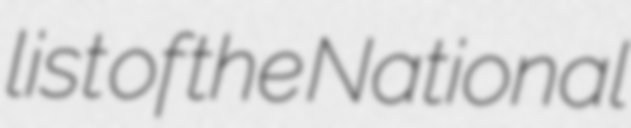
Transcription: list of the National